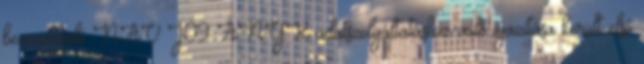
bevezetendő NAV J09 ÁNYK adatszolgáltatáshoz való igazítása került első